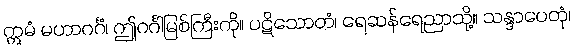
ဣမံ မဟာဂင်္ဂံ၊ ဤဂင်္ဂါမြစ်ကြီးကို။ ပဋိသောတံ၊ ရေဆန်ရေညာသို့။ သန္ဒာပေတုံ၊